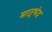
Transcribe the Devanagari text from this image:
मातृभेद